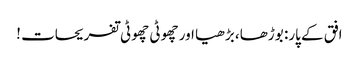
افق کے پار: بوڑھا، بڑھیا اور چھوٹی چھوٹی تفریحات !